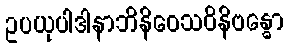
ဥပယုပါဒါနာဘိနိဝေသဝိနိဗန္ဓော